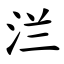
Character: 㳕